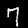
Digit: 7